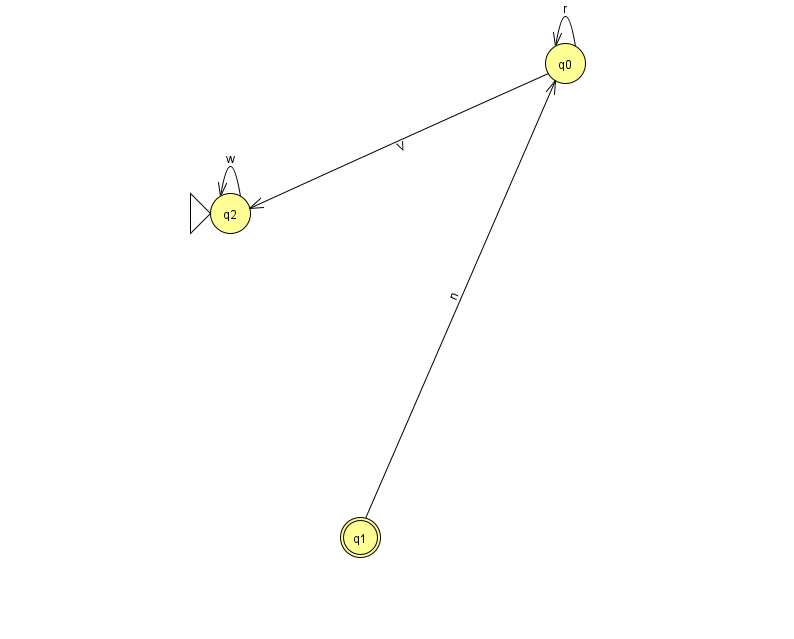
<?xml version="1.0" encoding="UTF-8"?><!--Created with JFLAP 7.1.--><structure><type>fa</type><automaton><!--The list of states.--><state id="0" name="q0"><x>565.0</x><y>50.0</y></state><state id="1" name="q1"><x>360.0</x><y>524.0</y><final/></state><state id="2" name="q2"><x>230.0</x><y>200.0</y><initial/></state><!--The list of transitions.--><transition><from>0</from><to>0</to><read>r</read></transition><transition><from>0</from><to>2</to><read>V</read></transition><transition><from>2</from><to>2</to><read>w</read></transition><transition><from>1</from><to>0</to><read>n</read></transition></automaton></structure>